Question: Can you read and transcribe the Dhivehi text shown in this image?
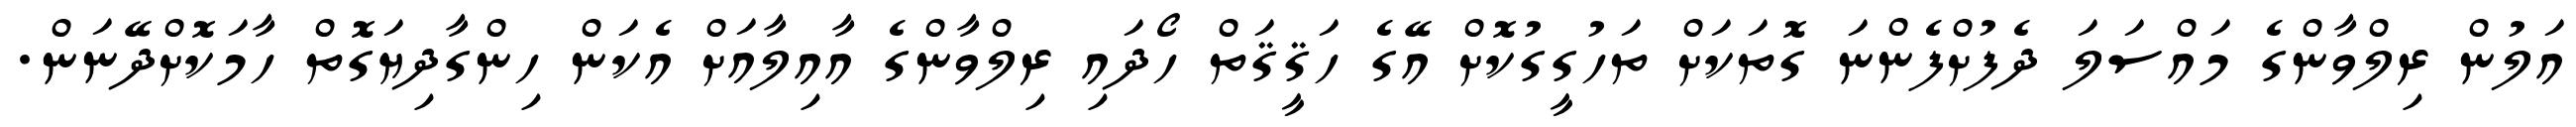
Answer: އަލުން ރިލްވާންގެ މައްސަލަ ދެފުށްފެންނަ ގޮތަކަށް ތަހުގީގުކޮށް އޭގެ ހަޤީޤަތް ހޯދައި ރިލްވާންގެ އާއިލާއަށް އެކަން ހިންގާދިޔަގޮތް ހާމަކޮށްދޭނަން.